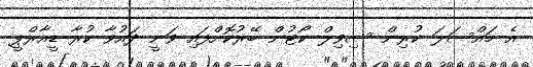
އެ މައްސަލަ ކުރިން ސިވިލް ކޯޓުން ބޭރުކޮށްފައި ވަނީ ދައުވާ ކުރާ ޑީއާރްޕީ